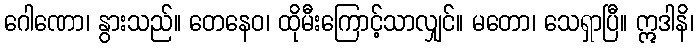
ဂေါဏော၊ နွားသည်။ တေနေဝ၊ ထိုမီးကြောင့်သာလျှင်။ မတော၊ သေရှာပြီ။ ဣဒါနိ၊